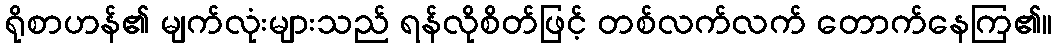
ရိုစာဟန်၏ မျက်လုံးများသည် ရန်လိုစိတ်ဖြင့် တစ်လက်လက် တောက်နေကြ၏။